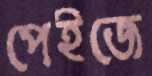
পেইজে